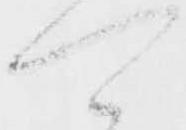
可